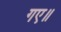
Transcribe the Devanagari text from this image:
गए॥